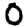
Digit: 0